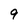
Character: 9